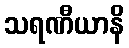
သရဏီယာနိ